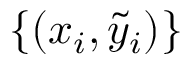
\{ ( x _ { i } , \Tilde { y } _ { i } ) \}